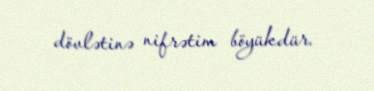
dövlətinə nifrətim böyükdür.